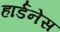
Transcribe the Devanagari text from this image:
हार्डनेस